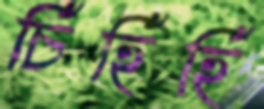
চিঁহিঁহিঁ